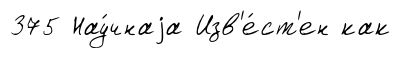
375 Нау́чнаjа Изв'е́ст'ен как